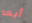
أبعد